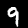
Digit: 9